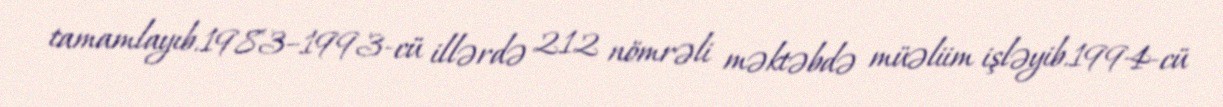
tamamlayıb.1983–1993-cü illərdə 212 nömrəli məktəbdə müəliim işləyib.1994-cü